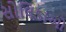
સોલિડાઓ